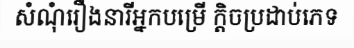
សំណុំរឿងនារីអ្នកបម្រើ ក្តិចប្រដាប់ភេទ